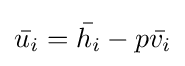
{\bar {u_{i}}}={\bar {h_{i}}}-p{\bar {v_{i}}}